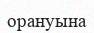
орануына